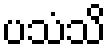
ပသံသိ